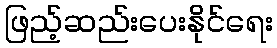
ဖြည့်ဆည်းပေးနိုင်ရေး